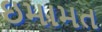
ઇમામત